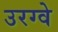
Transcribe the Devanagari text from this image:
उरग्वे